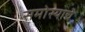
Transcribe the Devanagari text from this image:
समोस्याचे